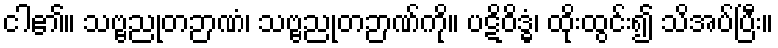
ငါ၏။ သဗ္ဗညုတဉာဏံ၊ သဗ္ဗညုတဉာဏ်ကို။ ပဋိဝိဒ္ဓံ၊ ထိုးထွင်း၍ သိအပ်ပြီး။